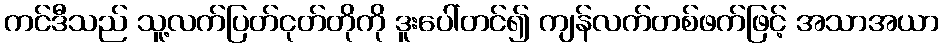
ကင်ဒီသည် သူ့လက်ပြတ်ငုတ်တိုကို ဒူးပေါ်တင်၍ ကျန်လက်တစ်ဖက်ဖြင့် အသာအယာ